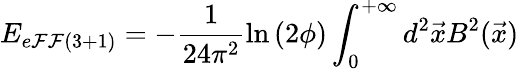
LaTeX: E_{e\mathcal{F}\mathcal{F}(3+1)}=-\frac{{1}}{{24\pi^{2}}}\ln\left(2\phi\right)\int_{0}^{+\infty}d^{2}\vec{{x}}B^{2}(\vec{{x}})